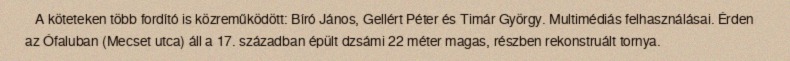
A köteteken több fordító is közreműködött: Bíró János, Gellért Péter és Timár György. Multimédiás felhasználásai. Érden az Ófaluban (Mecset utca) áll a 17. században épült dzsámi 22 méter magas, részben rekonstruált tornya.